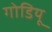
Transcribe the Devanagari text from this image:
गोडियू